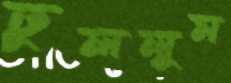
ঢুললুম